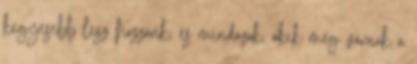
kegyesebb lesz hozzánk, és mindazok, akik még várnak a